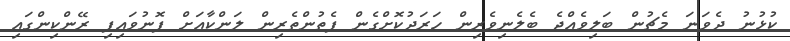
ކުޅުނު ދެވަނަ މެޗުން ބަލިވެއްޖެ ބެލެނިވެރިން ހަރަދުކޮށްގެން ފެތުންތެރިން ލަންކާއަށް ފޮނުވައިފި ރޭންކިންގައި